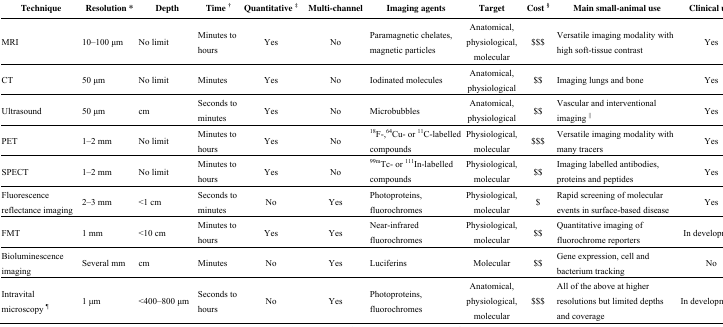
<table><thead><tr><td><b>Technique</b></td><td><b>Resolution *</b></td><td><b>Depth</b></td><td><b>Time <sup>†</sup></b></td><td><b>Quantitative <sup>‡</sup></b></td><td><b>Multi-channel</b></td><td><b>Imaging agents</b></td><td><b>Target</b></td><td><b>Cost <sup>§</sup></b></td><td><b>Main small-animal use</b></td><td><b>Clinical use</b></td></tr></thead><tbody><tr><td>MRI</td><td>10–100 μm</td><td>No limit</td><td>Minutes to hours</td><td>Yes</td><td>No</td><td>Paramagnetic chelates, magnetic particles</td><td>Anatomical, physiological, molecular</td><td>$$$</td><td>Versatile imaging modality with high soft-tissue contrast</td><td>Yes</td></tr><tr><td>CT</td><td>50 μm</td><td>No limit</td><td>Minutes</td><td>Yes</td><td>No</td><td>Iodinated molecules</td><td>Anatomical, physiological</td><td>$$</td><td>Imaging lungs and bone</td><td>Yes</td></tr><tr><td>Ultrasound</td><td>50 μm</td><td>cm</td><td>Seconds to minutes</td><td>Yes</td><td>No</td><td>Microbubbles</td><td>Anatomical, physiological</td><td>$$</td><td>Vascular and interventional imaging <sup>||</sup></td><td>Yes</td></tr><tr><td>PET</td><td>1–2 mm</td><td>No limit</td><td>Minutes to hours</td><td>Yes</td><td>No</td><td><sup>18</sup>F-,<sup>64</sup>Cu- or <sup>11</sup>C-labelled compounds</td><td>Physiological, molecular</td><td>$$$</td><td>Versatile imaging modality with many tracers</td><td>Yes</td></tr><tr><td>SPECT</td><td>1–2 mm</td><td>No limit</td><td>Minutes to hours</td><td>Yes</td><td>No</td><td><sup>99m</sup>Tc- or <sup>111</sup>In-labelled compounds</td><td>Physiological, molecular</td><td>$$</td><td>Imaging labelled antibodies, proteins and peptides</td><td>Yes</td></tr><tr><td>Fluorescence reflectance imaging</td><td>2–3 mm</td><td>&lt;1 cm</td><td>Seconds to minutes</td><td>No</td><td>Yes</td><td>Photoproteins, fluorochromes</td><td>Physiological, molecular</td><td>$</td><td>Rapid screening of molecular events in surface-based disease</td><td>Yes</td></tr><tr><td>FMT</td><td>1 mm</td><td>&lt;10 cm</td><td>Minutes to hours</td><td>Yes</td><td>Yes</td><td>Near-infrared fluorochromes</td><td>Physiological, molecular</td><td>$$</td><td>Quantitative imaging of fluorochrome reporters</td><td>In development</td></tr><tr><td>Bioluminescence imaging</td><td>Several mm</td><td>cm</td><td>Minutes</td><td>No</td><td>Yes</td><td>Luciferins</td><td>Molecular</td><td>$$</td><td>Gene expression, cell and bacterium tracking</td><td>No</td></tr><tr><td>Intravital microscopy <sup>¶</sup></td><td>1 μm</td><td>&lt;400–800 μm</td><td>Seconds to hours</td><td>No</td><td>Yes</td><td>Photoproteins, fluorochromes</td><td>Anatomical, physiological, molecular</td><td>$$$</td><td>All of the above at higher resolutions but limited depths and coverage</td><td>In development <sup>#</sup></td></tr></tbody></table>